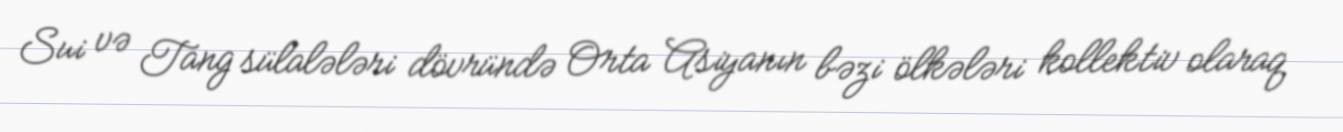
Sui və Tang sülalələri dövründə Orta Asiyanın bəzi ölkələri kollektiv olaraq